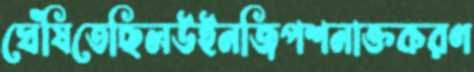
ঘেঁষিতেছিলউইনজিপশনাক্তকরণ